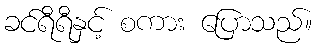
ခင်ရီရီနှင့် စကား ပြောသည်။